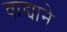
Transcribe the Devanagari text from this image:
वाद्याने